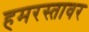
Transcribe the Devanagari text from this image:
हमरस्तावर